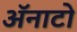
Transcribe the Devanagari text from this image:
ॲनाटो